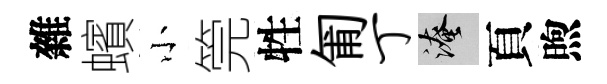
雜蠙小筦牲匍丁淹頁煦